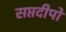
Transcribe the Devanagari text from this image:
सप्तदीपों